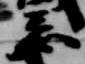
忌